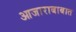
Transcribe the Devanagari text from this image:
आजाराबाबात